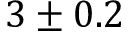
3 \pm 0 . 2